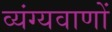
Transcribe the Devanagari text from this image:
व्यंग्यवाणों